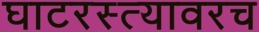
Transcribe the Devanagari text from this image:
घाटरस्त्यावरच